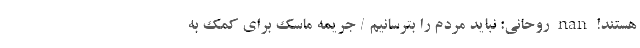
هستند! nan روحانی: نباید مردم را بترسانیم / جریمه ماسک برای کمک به